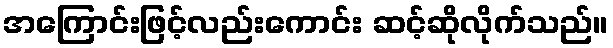
အကြောင်းဖြင့်လည်းကောင်း ဆင့်ဆိုလိုက်သည်။